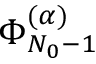
\Phi _ { N _ { 0 } - 1 } ^ { ( \alpha ) }